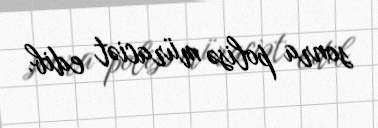
sonra polisə müraciət edib.